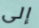
إلى